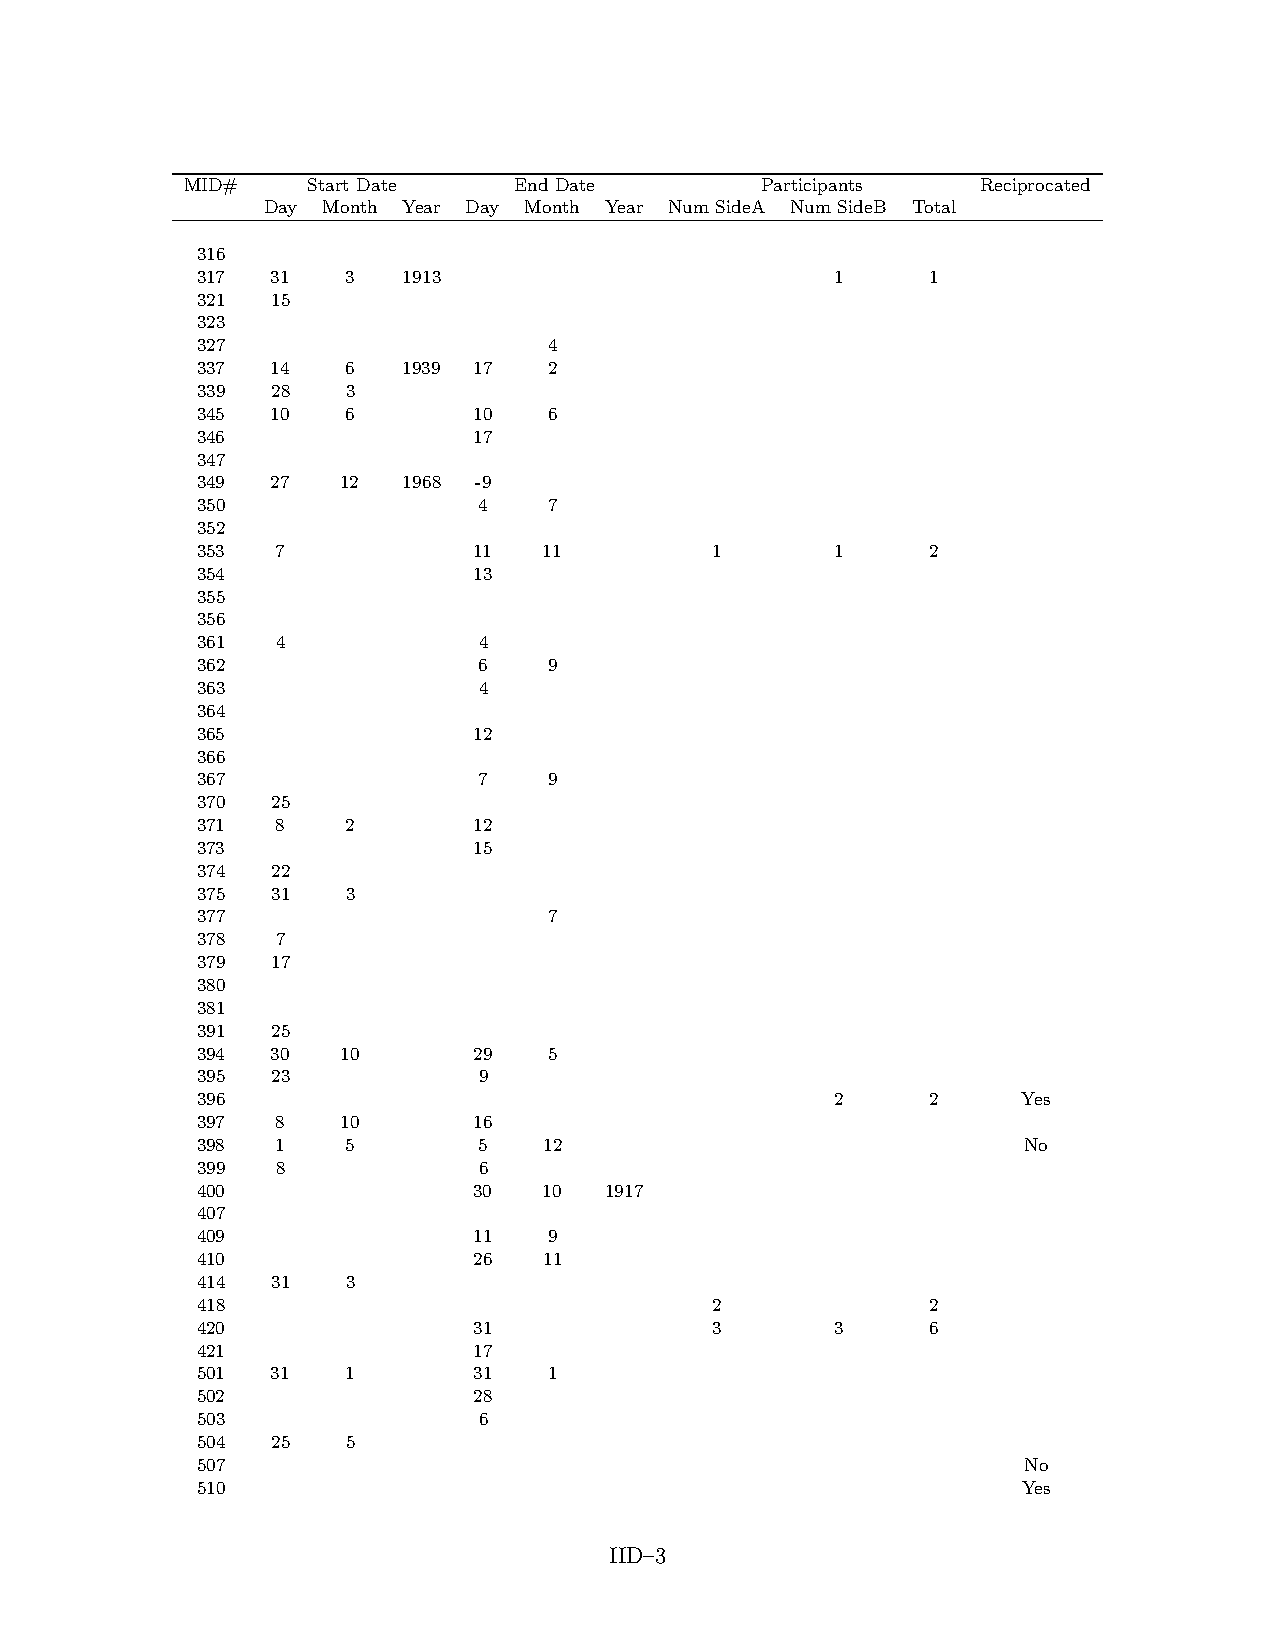
MID#    Start Date    End Date        Participants   Reciprocated
 Day Month Year Day Month Year Num SideA Num SideB Total
 316
 317  31   3   1913                        1      1
 321  15
 323
 327                    4
 337  14   6   1939 17  2
 339  28   3
 345  10   6       10   6
 346               17
 347
 349  27   12  1968 -9
 350                4   7
 352
 353  7            11   11         1       1      2
 354               13
 355
 356
 361  4             4
 362                6   9
 363                4
 364
 365               12
 366
 367                7   9
 370  25
 371  8    2       12
 373               15
 374  22
 375  31   3
 377                    7
 378  7
 379  17
 380
 381
 391  25
 394  30   10      29   5
 395  23            9
 396                                       2      2     Yes
 397  8    10      16
 398  1    5        5   12                              No
 399  8             6
 400               30   10  1917
 407
 409               11   9
 410               26   11
 414  31   3
 418                               2              2
 420               31              3       3      6
 421               17
 501  31   1       31   1
 502               28
 503                6
 504  25   5
 507                                                    No
 510                                                    Yes
 IID–3